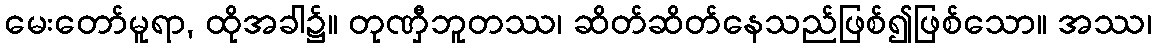
မေးတော်မူရာ, ထိုအခါ၌။ တုဏှီဘူတဿ၊ ဆိတ်ဆိတ်နေသည်ဖြစ်၍ဖြစ်သော။ အဿ၊